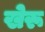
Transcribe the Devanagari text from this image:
खेरू